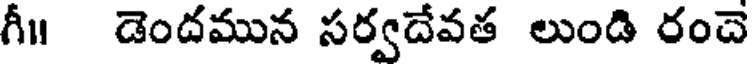
గీ డెందమున సర్వదేవత లుండి రందె